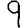
Digit: 9